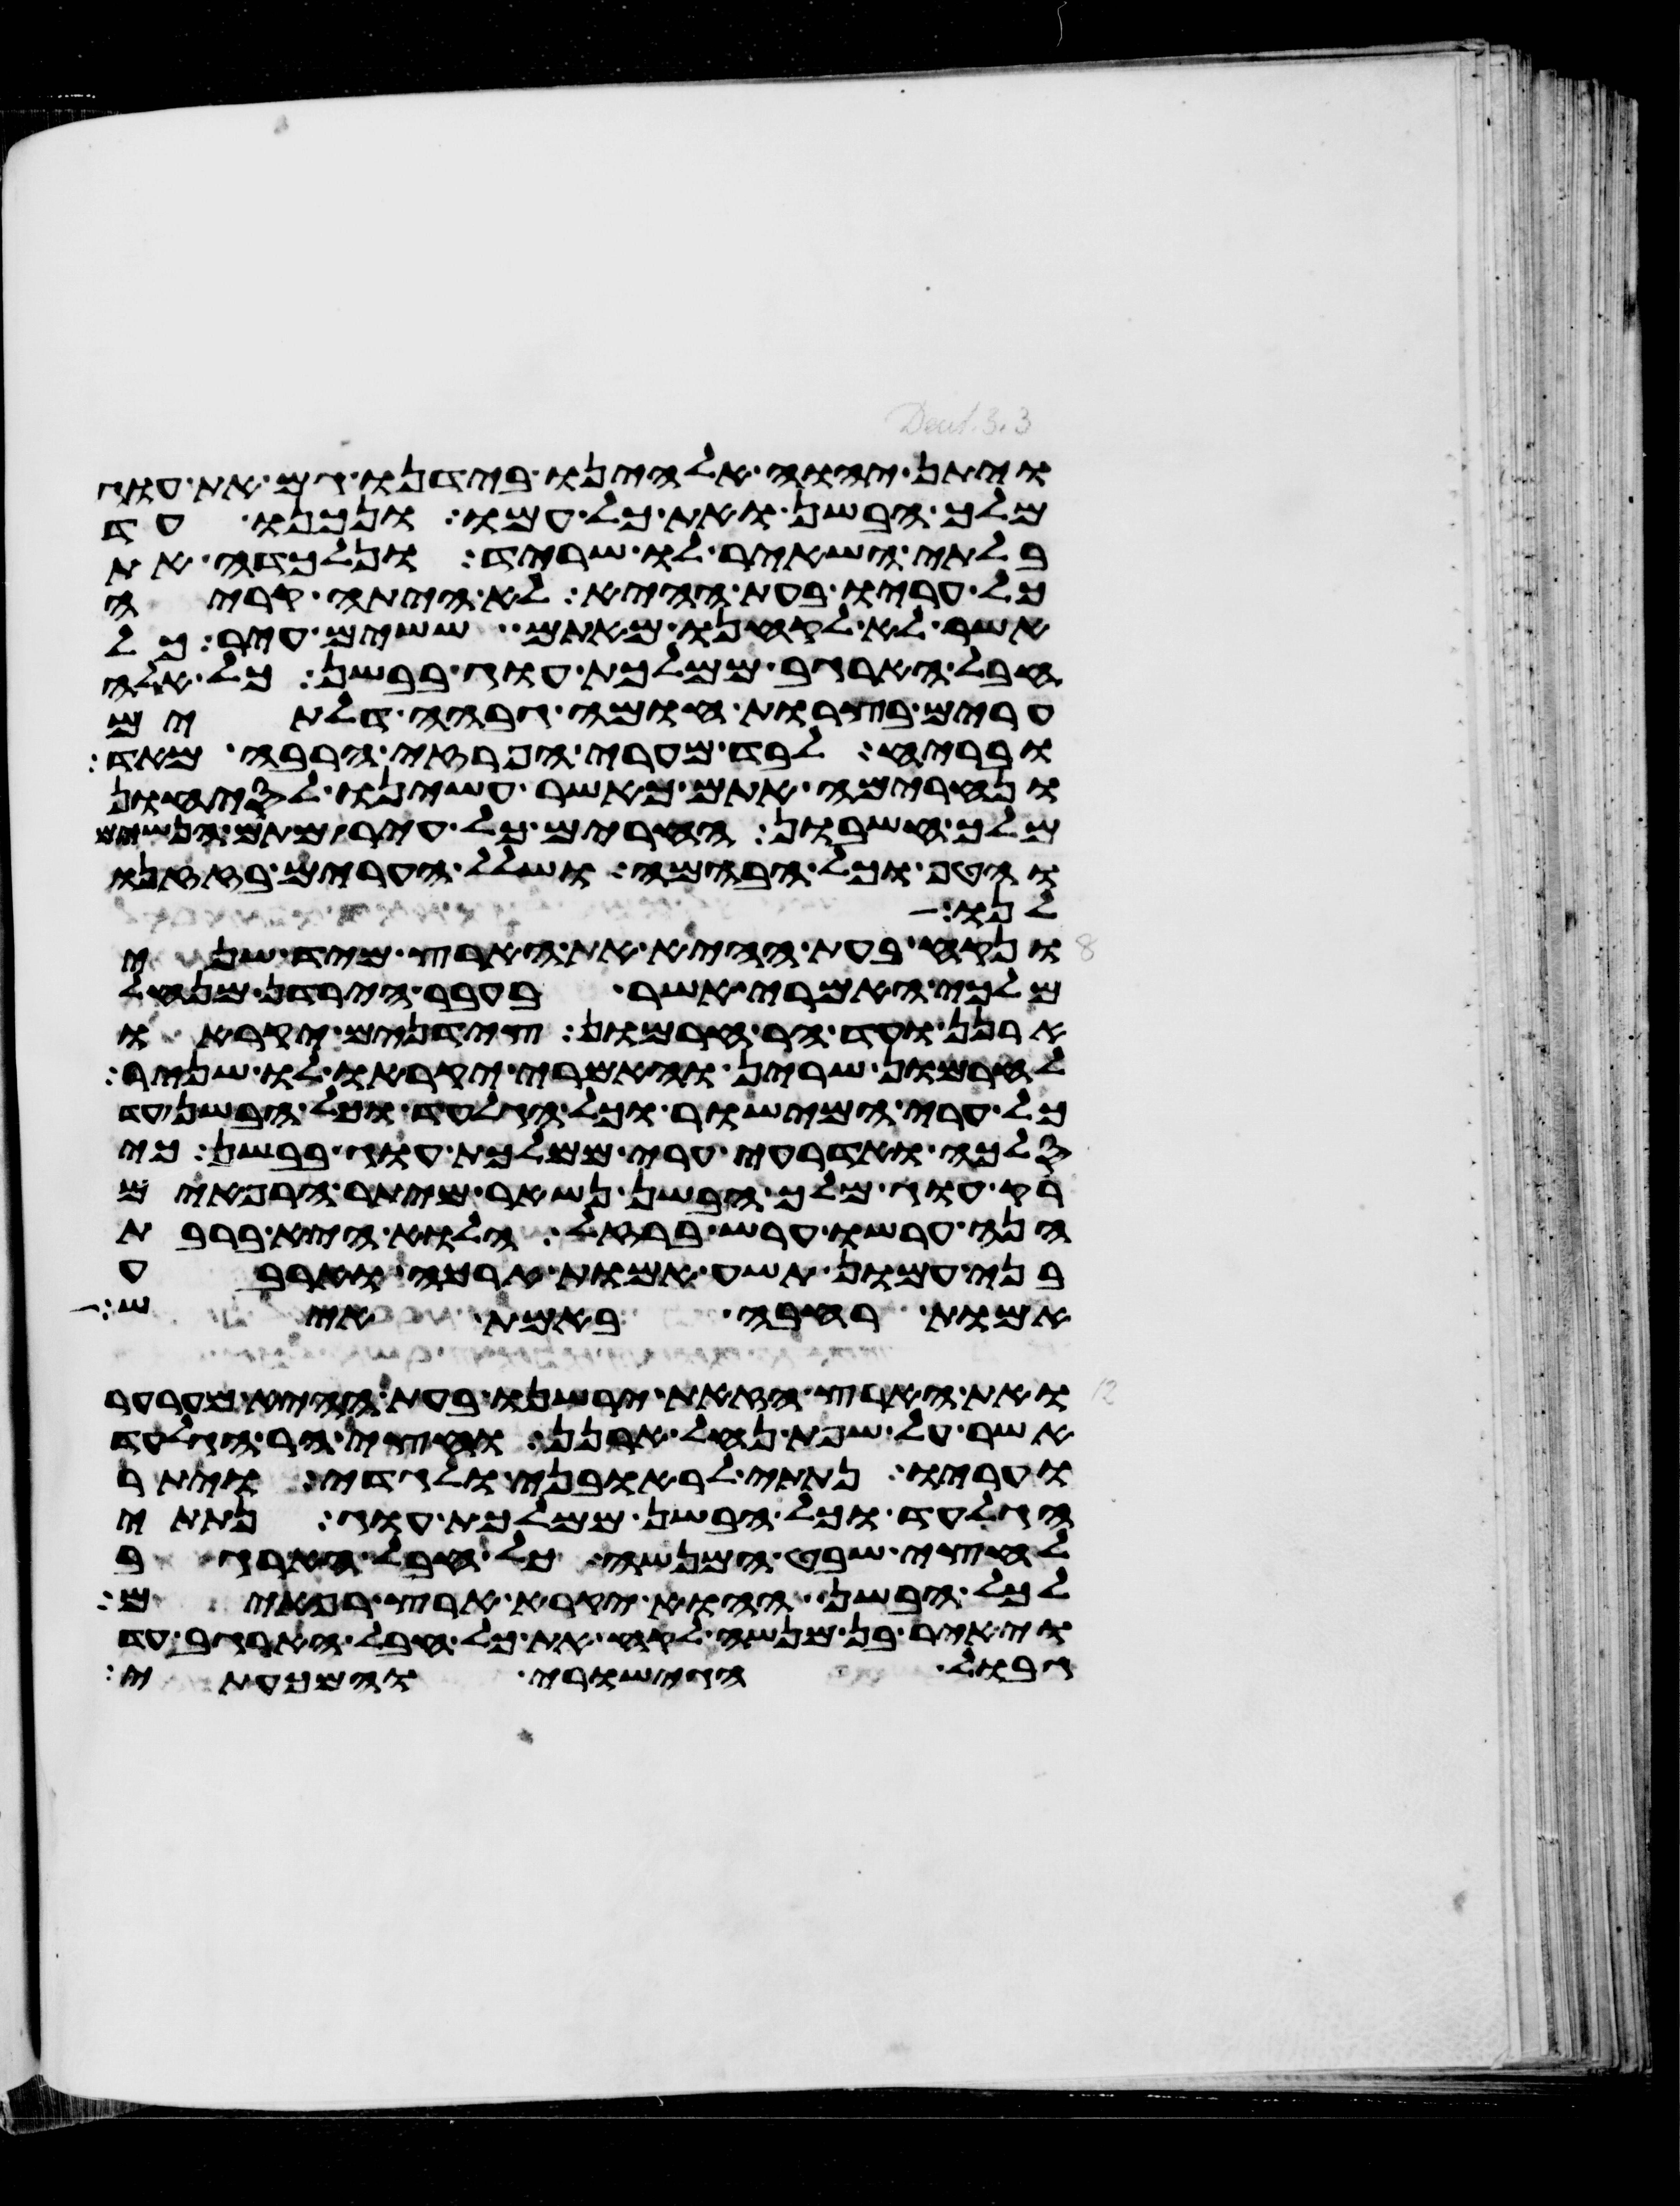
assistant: ויתן יהוה אלהינו בידנו גם את עוג
מלך הבשן ואת כל עמו ונכנו עד
בלתי השאיר לו שריד ונלכדה את
כל עריו בעת ההיא לא היתה קריה
אשר לא לקחנו מאתם ששים עיר כל
חבל הארגב ממלכות עוג בבשן כל אלה
ערים בצרות חומה גבחה דלתים
ובריח לבד מערי הפרזי הרבה מאד
ונחרימה אתם כאשר עשינו לסיחון
מלך חשבון החרים כל עיר מתם הנשים
והטף וכל הבהמה ושלל הערים בזזנו
לנו
ונקח בעת ההיא את הארץ מיד שני
מלכי האמרי אשר בעבר הירדן מנחל
ארנן ועד הר חרמון צידנים יקראו
לחרמון שרין והאמרי יקראו לו שניר
כל ערי המישור וכל הגלעד וכל הבשן עד
סלכה ואדרעי ערי ממלכת עוג בבשן כי
רק עוג מלך הבשן נשאר מיתר הרפאים
הנה ערשו ערש ברזל הלוא היא ברבת
בני עמון תשע אמות ארכה וארבע
אמות רחבה באמת איש
ואת הארץ הזאת ירשנו בעת ההיא מערער
אשר על שפת נחל ארנן וחצי הר הגלעד
ועריו נתתי לראובני ולגדי ויתר
הגלעד וכל הבשן ממלכת עוג נתתי
לחצי שבט המנשה כל חבל הארגב
לכל הבשן ההוא יקרא ארץ רפאים
ויאיר בן מנשה לקח את כל חבל הארגב עד
גבול הגישורי והמכעתי